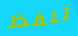
تلفظ